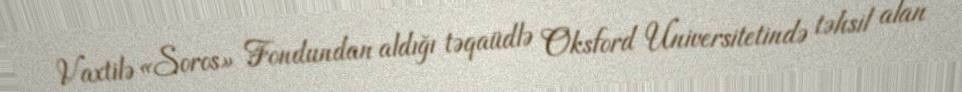
Vaxtilə «Soros» Fondundan aldığı təqaüdlə Oksford Universitetində təhsil alan